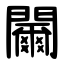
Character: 䦵